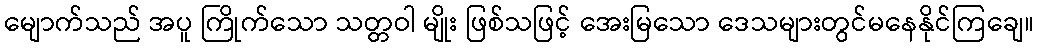
မျောက်သည် အပူ ကြိုက်သော သတ္တဝါ မျိုး ဖြစ်သဖြင့် အေးမြသော ဒေသများတွင်မနေနိုင်ကြချေ။